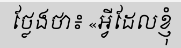
ថ្លែងថា៖ «អ្វីដែលខ្ញុំ